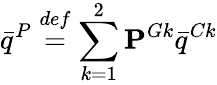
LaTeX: \bar{q}^{P}\overset{def}{=}\sum_{k=1}^{2}\mathbf{P}^{Gk}\bar{q}^{Ck}